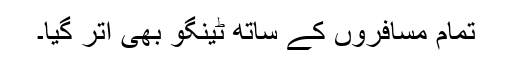
تمام مسافروں کے ساتھ ٹینگو بھی اتر گیا۔